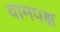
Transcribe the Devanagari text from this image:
वामपक्ष